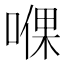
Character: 𱓹